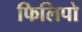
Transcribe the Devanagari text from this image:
फिलिपो